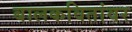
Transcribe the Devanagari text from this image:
बालकवितांवर